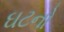
ઘટનો